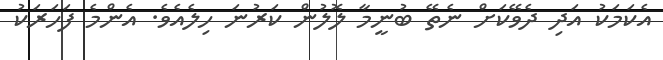
އެކަމަކު އަދި ދެވޭކަށް ނެތޭ ބުނީމާ ލޮލުން ކަރުނަ ހިލެއެވެ. އެންމެ ފަހަރަކު